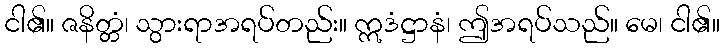
ငါ၏။ ဇနိတ္တံ၊ သွားရာအရပ်တည်း။ ဣဒံဋ္ဌာနံ၊ ဤအရပ်သည်။ မေ၊ ငါ၏။